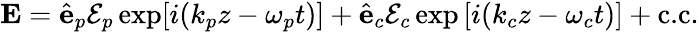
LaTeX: \textbf{E}=\hat{\mathbf{e}}_{p}{\cal E}_{p}\exp[{i(k_{p}z-\omega_{p}t)]}+\hat{\mathbf{e}}_{c}{\cal E}_{c}\exp{[i(k_{c}z-\omega_{c}t)]}+\textrm{c.c.}